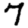
Digit: 7